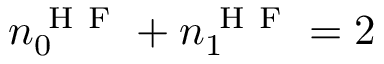
n _ { 0 } ^ { \mathrm { ~ H ~ F ~ } } + n _ { 1 } ^ { \mathrm { ~ H ~ F ~ } } = 2